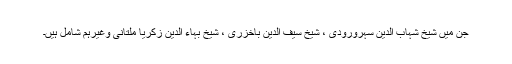
جن میں شیخ شہاب الدین سہرورودی ، شیخ سیف الدین باخزری ، شیخ بہاء الدین زکریا ملتانی وغیرہم شامل ہیں۔